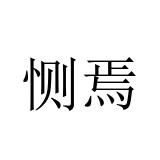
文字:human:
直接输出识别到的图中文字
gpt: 恻焉